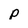
Character: p